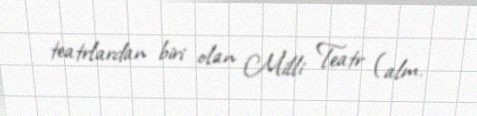
teatrlardan biri olan Milli Teatr (alm.